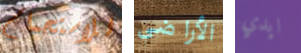
للاستحمام الأراضي ايدي